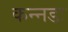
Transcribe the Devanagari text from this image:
कन्नडः